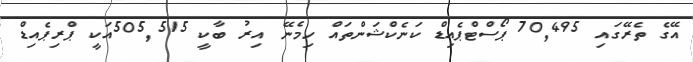
އޭގެ ތެރޭގައި 70